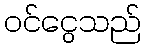
ဝင်ငွေသည်